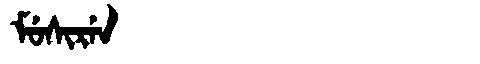
Manchu: ᠮᡠᠰᡳᡵᡝᠨ
Romanization: MUSIREN